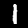
Digit: 1